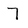
Character: 7